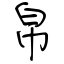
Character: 帛